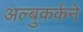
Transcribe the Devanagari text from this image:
अल्बुकर्कने